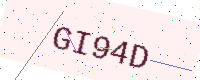
Text: GI94D